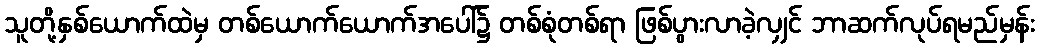
သူတို့နှစ်ယောက်ထဲမှ တစ်ယောက်ယောက်အပေါ်၌ တစ်စုံတစ်ရာ ဖြစ်ပွားလာခဲ့လျှင် ဘာဆက်လုပ်ရမည်မှန်း